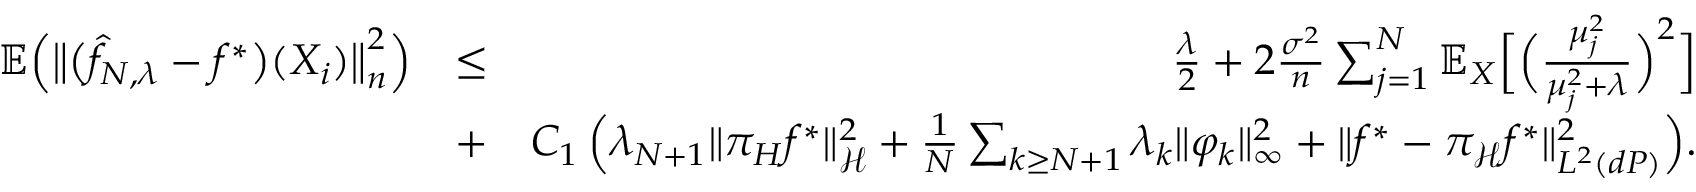
\begin{array} { r l r } { \mathbb { E } \Big ( \big \| \big ( \widehat { f } _ { N , \lambda } - f ^ { * } \big ) ( X _ { i } ) \big \| _ { n } ^ { 2 } \Big ) } & { \leq } & { \frac { \lambda } { 2 } + 2 \frac { \sigma ^ { 2 } } { n } \sum _ { j = 1 } ^ { N } \mathbb E _ { X } \Big [ \Big ( \frac { \mu _ { j } ^ { 2 } } { \mu _ { j } ^ { 2 } + \lambda } \Big ) ^ { 2 } \Big ] } \\ & { + } & { C _ { 1 } \, \Big ( \lambda _ { N + 1 } \| \pi _ { H } f ^ { * } \| _ { \mathcal H } ^ { 2 } + \frac { 1 } { N } \sum _ { k \geq N + 1 } \lambda _ { k } \| \varphi _ { k } \| _ { \infty } ^ { 2 } + \| f ^ { * } - \pi _ { \mathcal H } f ^ { * } \| _ { L ^ { 2 } ( d P ) } ^ { 2 } \Big ) . } \end{array}